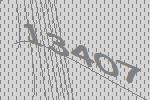
13407